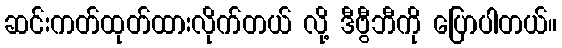
ဆင်းကတ်ထုတ်ထားလိုက်တယ် လို့ ဒီဗွီဘီကို ပြောပါတယ်။